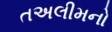
તઅલીમનો